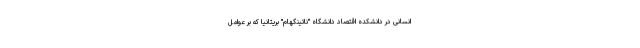
انسانی در دانشکده اقتصاد دانشگاه "ناتینگهام" بریتانیا که بر عوامل